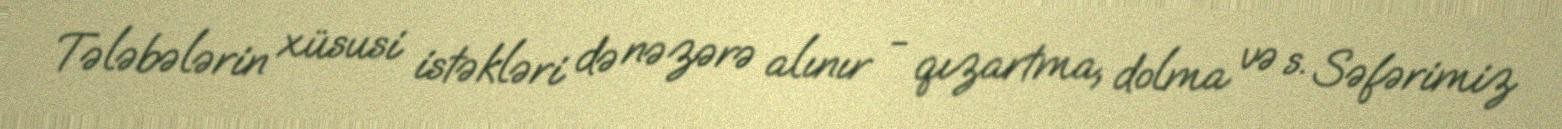
Tələbələrin xüsusi istəkləri də nəzərə alınır - qızartma, dolma və s. Səfərimiz